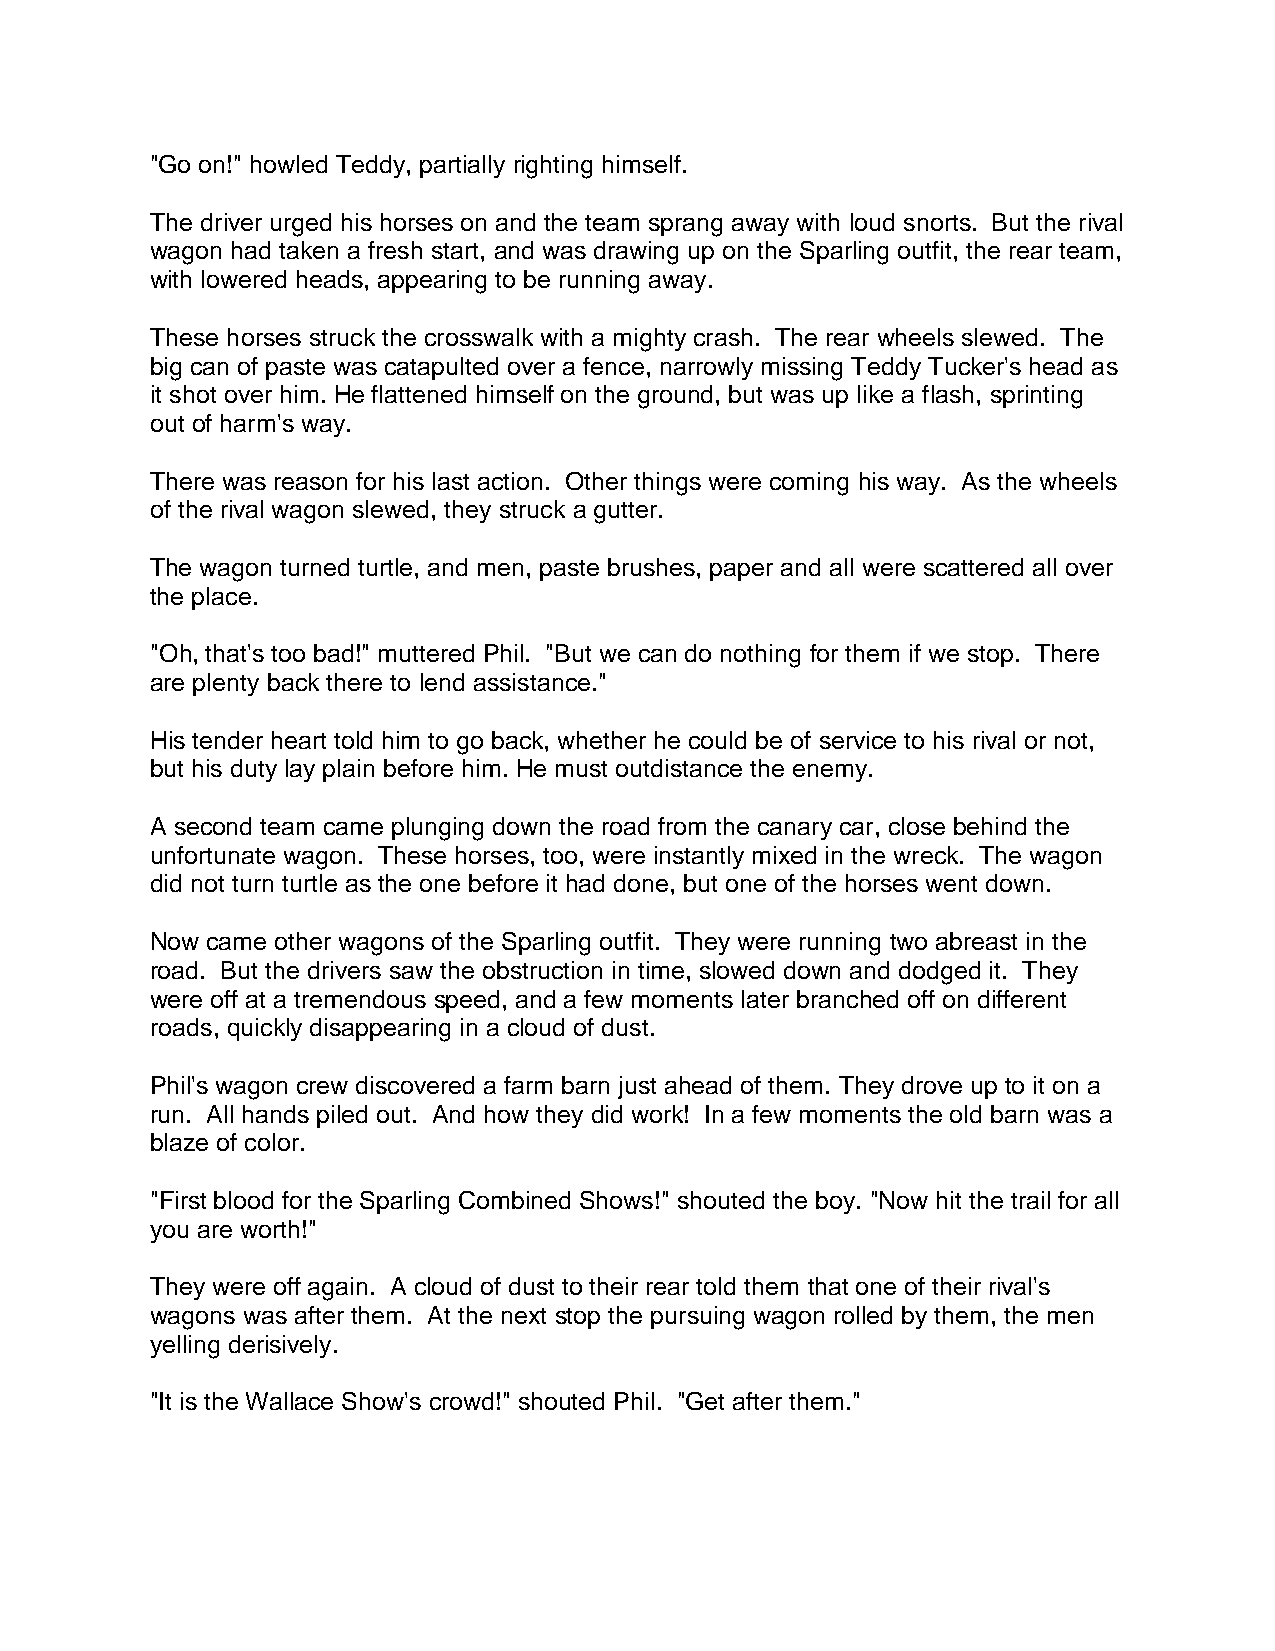
"Go on!" howled Teddy, partially righting himself.
 The driver urged his horses on and the team sprang away with loud snorts. But the rival
 wagon had taken a fresh start, and was drawing up on the Sparling outfit, the rear team,
 with lowered heads, appearing to be running away.
 These horses struck the crosswalk with a mighty crash. The rear wheels slewed. The
 big can of paste was catapulted over a fence, narrowly missing Teddy Tucker's head as
 it shot over him. He flattened himself on the ground, but was up like a flash, sprinting
 out of harm's way.
 There was reason for his last action. Other things were coming his way. As the wheels
 of the rival wagon slewed, they struck a gutter.
 The wagon turned turtle, and men, paste brushes, paper and all were scattered all over
 the place.
 "Oh, that's too bad!" muttered Phil. "But we can do nothing for them if we stop. There
 are plenty back there to lend assistance."
 His tender heart told him to go back, whether he could be of service to his rival or not,
 but his duty lay plain before him. He must outdistance the enemy.
 A second team came plunging down the road from the canary car, close behind the
 unfortunate wagon. These horses, too, were instantly mixed in the wreck. The wagon
 did not turn turtle as the one before it had done, but one of the horses went down.
 Now came other wagons of the Sparling outfit. They were running two abreast in the
 road. But the drivers saw the obstruction in time, slowed down and dodged it. They
 were off at a tremendous speed, and a few moments later branched off on different
 roads, quickly disappearing in a cloud of dust.
 Phil's wagon crew discovered a farm barn just ahead of them. They drove up to it on a
 run. All hands piled out. And how they did work! In a few moments the old barn was a
 blaze of color.
 "First blood for the Sparling Combined Shows!" shouted the boy. "Now hit the trail for all
 you are worth!"
 They were off again. A cloud of dust to their rear told them that one of their rival's
 wagons was after them. At the next stop the pursuing wagon rolled by them, the men
 yelling derisively.
 "It is the Wallace Show's crowd!" shouted Phil. "Get after them."